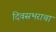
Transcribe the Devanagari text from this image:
दिवसभराचा